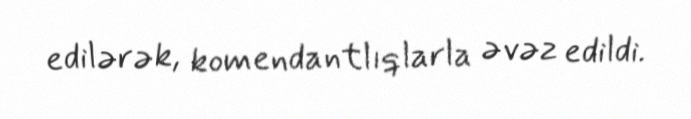
edilərək, komendantlıqlarla əvəz edildi.